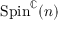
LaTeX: \mathrm { S p i n } ^ { \mathbb { C } } ( n )